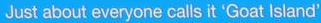
Just about everyone calls it 'Goat Island'